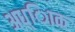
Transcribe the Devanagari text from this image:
अध्ािक